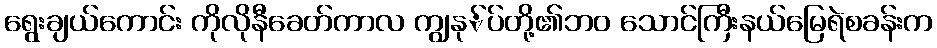
ရွေးချယ်ကောင်း ကိုလိုနီခေတ်ကာလ ကျွနု်ပ်တို့၏ဘ၀ သောင်ကြီးနယ်မြေရဲစခန်းက